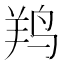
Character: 𱉯